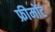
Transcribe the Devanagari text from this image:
फ्रीमोंट